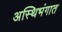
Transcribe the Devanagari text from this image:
अस्थिभंगात